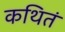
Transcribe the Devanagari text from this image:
कथितं